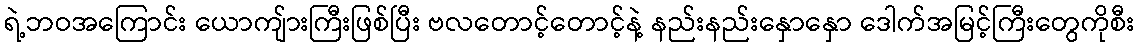
ရဲ့ဘဝအကြောင်း ယောကျ်ားကြီးဖြစ်ပြီး ဗလတောင့်တောင့်နဲ့ နည်းနည်းနှောနှော ဒေါက်အမြင့်ကြီးတွေကိုစီး